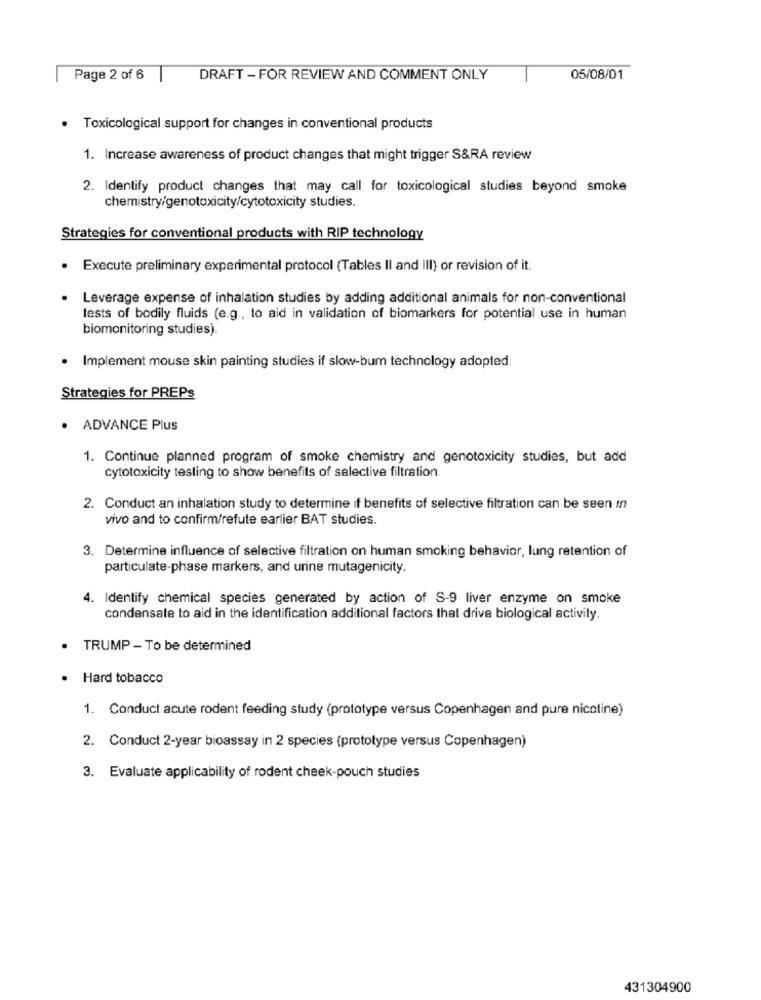
Page 2 of 6
DRAFT - FOR REVIEW AND COMMENT ONLY
05/08/01
Toxicological support for changes in conventional products
1. Increase awareness of product changes that might trigger S&RA review
2. Identify product changes that may call for toxicological studies beyond smoke
chemistry/genotoxicity/cytotoxicity studies.
Strategies for conventional products with RIP technology
Execute preliminary experimental protocol (Tables Il and III) or revision of it.
Leverage expense of inhalation studies by adding additional animals for non-conventional
tests of bodily fluids (e.g ., to aid in validation of biomarkers for potential use in human
biomonitoring studies).
. Implement mouse skin painting studies if slow-bum technology adopted.
Strategies for PREPs
· ADVANCE Plus
1. Continue planned program of smoke chemistry and genotoxicity studies, but add
cytotoxicity testing to show benefits of selective filtration.
2. Conduct an inhalation study to determine if benefits of selective filtration can be seen in
vivo and to confirm/refute earlier BAT studies.
3. Determine influence of selective filtration on human smoking behavior, lung retention of
particulate-phase markers, and urine mutagenicity.
4. Identify chemical species generated by action of S-9 liver enzyme on smoke
condensate to aid in the identification additional factors that drive biological activity.
TRUMP - To be determined
.
Hard tobacco
1. Conduct acute rodent feeding study (prototype versus Copenhagen and pure nicotine)
2. Conduct 2-year bioassay in 2 species (prototype versus Copenhagen)
3. Evaluate applicability of rodent cheek-pouch studies
431304900